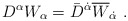
\begin{align*} D^\alpha W_\alpha = \bar D^{\dot\alpha} \overline W_{\dot\alpha}~.\end{align*}